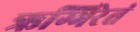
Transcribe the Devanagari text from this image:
ऋग्भिरेतं